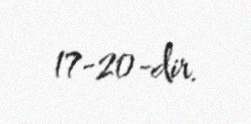
17-20-dir.